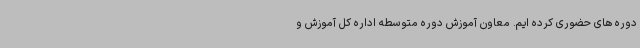
دوره های حضوری کرده ایم. معاون آموزش دوره متوسطه اداره کل آموزش و